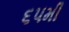
૬૫મી